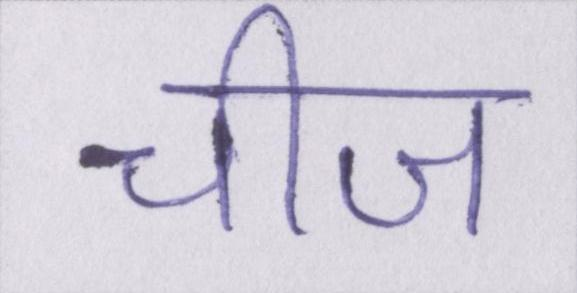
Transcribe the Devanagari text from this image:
चीज